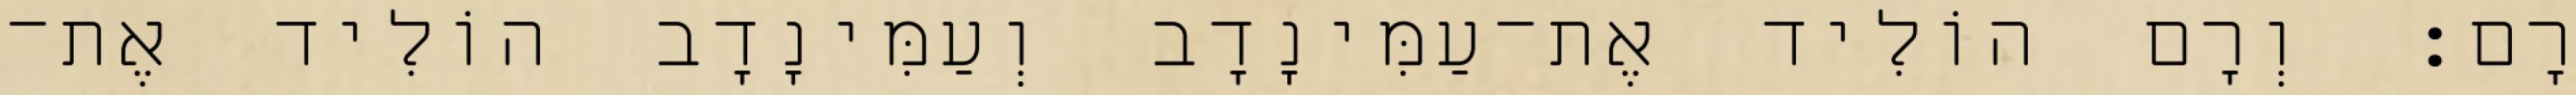
רָם׃ וְרָם הוֹלִיד אֶת־עַמִּינָדָב וְעַמִּינָדָב הוֹלִיד אֶת־